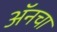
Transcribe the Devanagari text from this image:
अॅनचा